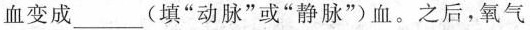
血变成___(填”动脉”或”静脉”)血。之后，氧气